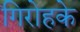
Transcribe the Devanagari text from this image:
गिरोहके